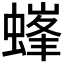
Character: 𧏢